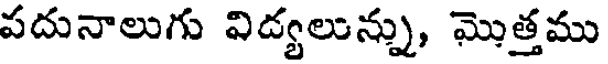
పదునాలుగు విడ్యలున్ను, మొత్తము